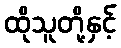
ထိုသူတို့နှင့်